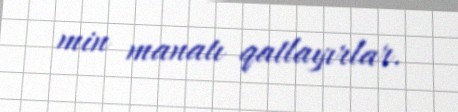
min manatı qatlayırlar.